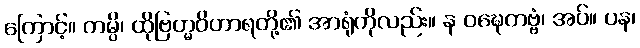
ကြောင့်။ တမ္ပိ၊ ထိုဗြဟ္မဝိဟာရတို့၏ အာရုံကိုလည်း။ န ဝဍ္ဎေတဗ္ဗံ၊ အပ်။ ပန၊